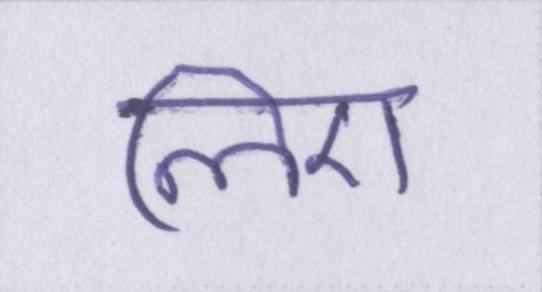
लिए